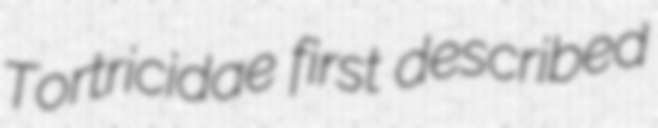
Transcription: Tortricidae first described